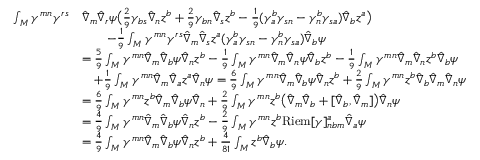
\begin{array} { r l } { \int _ { M } \gamma ^ { m n } \gamma ^ { r s } } & { \hat { \nabla } _ { m } \hat { \nabla } _ { r } \psi \big ( \frac { 2 } { 9 } \gamma _ { b s } \hat { \nabla } _ { n } z ^ { b } + \frac { 2 } { 9 } \gamma _ { b n } \hat { \nabla } _ { s } z ^ { b } - \frac { 1 } { 9 } ( \gamma ^ { b } _ { a } \gamma _ { s n } - \gamma ^ { b } _ { n } \gamma _ { s a } ) \hat { \nabla } _ { b } z ^ { a } \big ) } \\ & { \qquad - \frac { 1 } { 9 } \int _ { M } \gamma ^ { m n } \gamma ^ { r s } \hat { \nabla } _ { m } \hat { \nabla } _ { s } z ^ { a } ( \gamma ^ { b } _ { a } \gamma _ { s n } - \gamma ^ { b } _ { n } \gamma _ { s a } ) \hat { \nabla } _ { b } \psi } \\ & { = \frac { 5 } { 9 } \int _ { M } \gamma ^ { m n } \hat { \nabla } _ { m } \hat { \nabla } _ { b } \psi \hat { \nabla } _ { n } z ^ { b } - \frac { 1 } { 9 } \int _ { M } \gamma ^ { m n } \hat { \nabla } _ { m } \hat { \nabla } _ { n } \psi \hat { \nabla } _ { b } z ^ { b } - \frac { 1 } { 9 } \int _ { M } \gamma ^ { m n } \hat { \nabla } _ { m } \hat { \nabla } _ { n } z ^ { b } \hat { \nabla } _ { b } \psi } \\ & { \quad + \frac { 1 } { 9 } \int _ { M } \gamma ^ { m n } \hat { \nabla } _ { m } \hat { \nabla } _ { a } z ^ { a } \hat { \nabla } _ { n } \psi = \frac { 6 } { 9 } \int _ { M } \gamma ^ { m n } \hat { \nabla } _ { m } \hat { \nabla } _ { b } \psi \hat { \nabla } _ { n } z ^ { b } + \frac { 2 } { 9 } \int _ { M } \gamma ^ { m n } z ^ { b } \hat { \nabla } _ { b } \hat { \nabla } _ { m } \hat { \nabla } _ { n } \psi } \\ & { = \frac { 6 } { 9 } \int _ { M } \gamma ^ { m n } z ^ { b } \hat { \nabla } _ { m } \hat { \nabla } _ { b } \psi \hat { \nabla } _ { n } + \frac { 2 } { 9 } \int _ { M } \gamma ^ { m n } z ^ { b } \big ( \hat { \nabla } _ { m } \hat { \nabla } _ { b } + [ \hat { \nabla } _ { b } , \hat { \nabla } _ { m } ] \big ) \hat { \nabla } _ { n } \psi } \\ & { = \frac { 4 } { 9 } \int _ { M } \gamma ^ { m n } \hat { \nabla } _ { m } \hat { \nabla } _ { b } \psi \hat { \nabla } _ { n } z ^ { b } - \frac { 2 } { 9 } \int _ { M } \gamma ^ { m n } z ^ { b } \mathrm { R i e m } [ \gamma ] ^ { a } _ { n b m } \hat { \nabla } _ { a } \psi } \\ & { = \frac { 4 } { 9 } \int _ { M } \gamma ^ { m n } \hat { \nabla } _ { m } \hat { \nabla } _ { b } \psi \hat { \nabla } _ { n } z ^ { b } + \frac { 4 } { 8 1 } \int _ { M } z ^ { b } \hat { \nabla } _ { b } \psi . } \end{array}